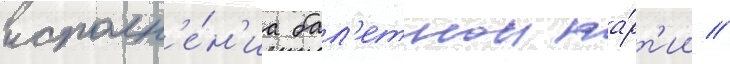
исполн'е́н'иа бал'етнои па́рт'ии //